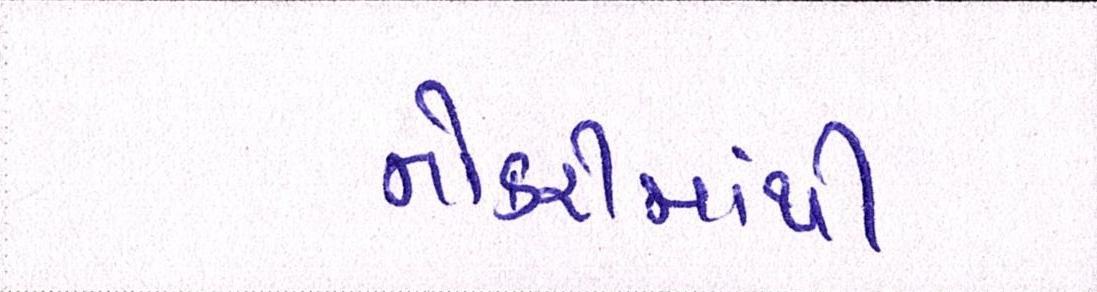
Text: નોકરીમાંથી